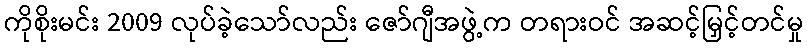
ကိုစိုးမင်း 2009 လုပ်ခဲ့သော်လည်း ဇော်ဂျီအဖွဲ့က တရားဝင် အဆင့်မြှင့်တင်မှု